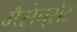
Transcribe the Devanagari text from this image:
मैसेचुसेट